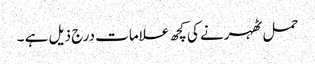
حمل ٹھہرنے کی کچھ علامات درج ذیل ہے ۔